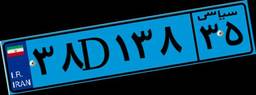
۳۸D۱۳۸۳۵